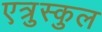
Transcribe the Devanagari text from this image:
एत्रुस्कुल